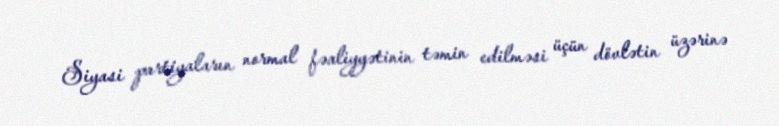
Siyasi partiyaların normal fəaliyyətinin təmin edilməsi üçün dövlətin üzərinə